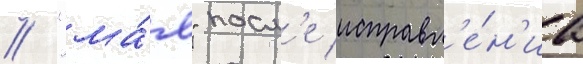
// "ма́я" посл'е исправл'е́н'иа